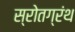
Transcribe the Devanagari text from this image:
स्रोतग्रंथ